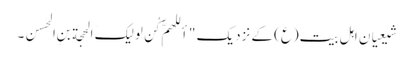
شیعیان اہل بیت(ع) کے نزدیک "أللهمَّ کُن لِولیکَ الحجة بنِ الحَسن۔